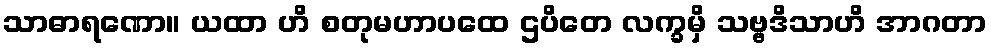
သာဓာရဏော။ ယထာ ဟိ စတုမဟာပထေ ဌပိတေ လက္ခမှိ သဗ္ဗဒိသာဟိ အာဂတာ